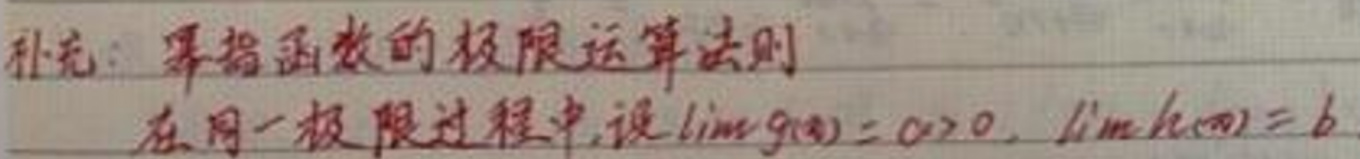
补充：幂指函数的极限运算法则

在同一极限过程中，设\(\lim g(x)=a>0\)，\(\lim h(x)=b\)